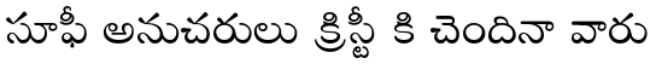
సూఫీ అనుచరులు క్రిస్టీ కి చెందినా వారు